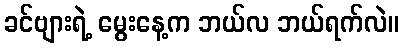
ခင်ဗျားရဲ့ မွေးနေ့က ဘယ်လ ဘယ်ရက်လဲ။